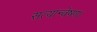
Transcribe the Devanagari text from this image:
सत्यान्वेषण।